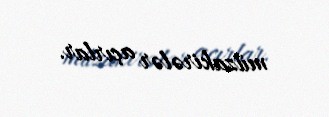
müzakirələr açırlar.